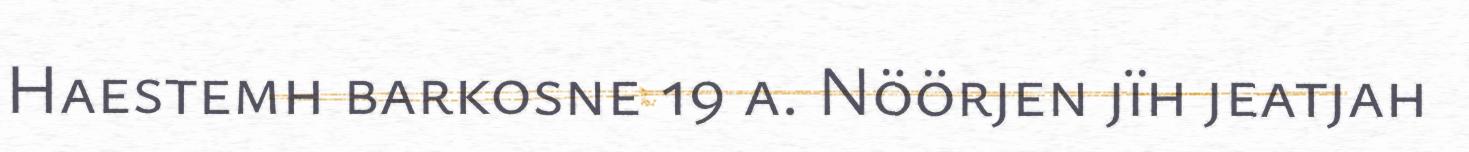
Haestemh barkosne 19 a. Nöörjen jïh jeatjah